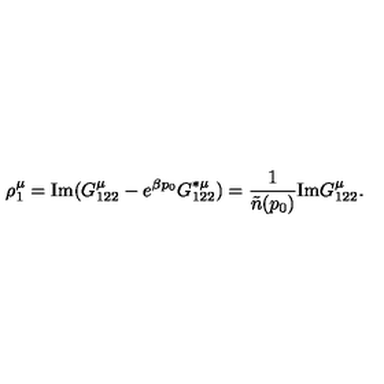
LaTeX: \rho _ { 1 } ^ { \mu } = \mathrm { I m } ( G _ { 1 2 2 } ^ { \mu } - e ^ { \beta p _ { 0 } } G _ { 1 2 2 } ^ { * \mu } ) = { \frac { 1 } { \tilde { n } ( p _ { 0 } ) } } \mathrm { I m } G _ { 1 2 2 } ^ { \mu } .